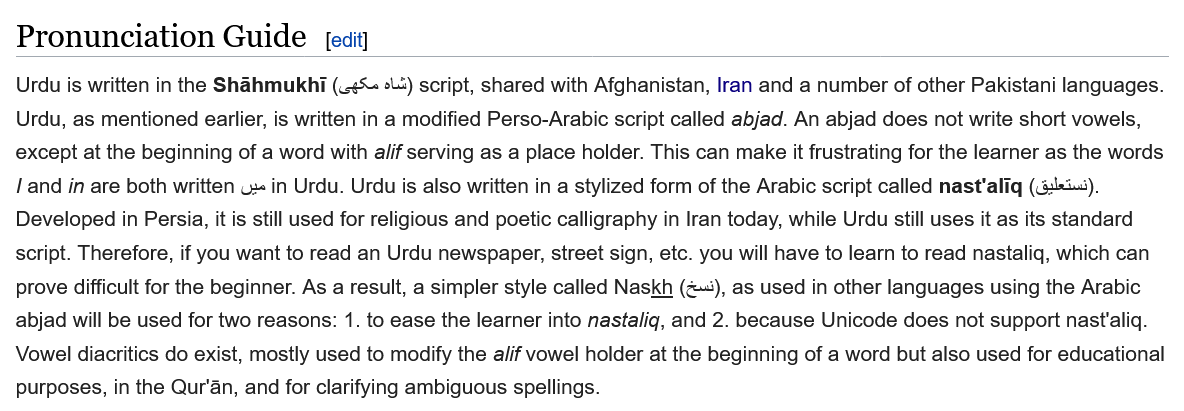
Pronunciation    Guide    [edit
  Urdu is written in the Shahmukht (65 4) script, shared with Afghanistan, Iran and a number of other Pakistani languages.
  Urdu, as mentioned earlier, is written in a modified Perso-Arabic script called abjad. An abjad does not write short vowels,
  except at the beginning of a word with alif serving as a place holder. This can make it frustrating for the learner as the words
  and in are both written ux in Urdu. Urdu is also written in a stylized form of the Arabic script called nast'aliq (ais),
  Developed in Persia, it is still used for religious and poetic calligraphy in Iran today, while Urdu still uses it as its standard
  script. Therefore, if you want to read an Urdu newspaper, street sign, etc. you will have to learn to read nastaliq, which can
  prove difficult for the beginner. As a result, a simpler style called Naskh (4), as used in other languages using the Arabic
  abjad will be used for two reasons: 1. to ease the learner into nastaliq, and 2. because Unicode does not support nastialiq.
  Vowel diacritics do exist, mostly used to modify the alif vowel holder at the beginning of a word but also used for educationa'
  purposes, in the Qur'an, and for clarifying ambiguous spellings.